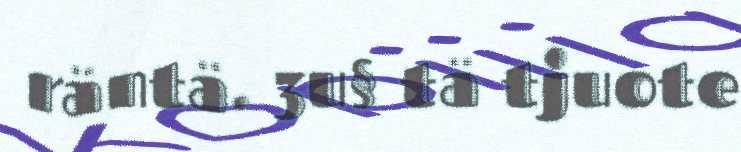
räntä. 3u§ tä tjuote